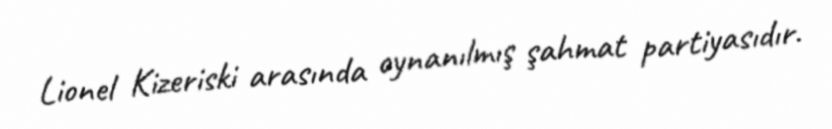
Lionel Kizeriski arasında oynanılmış şahmat partiyasıdır.